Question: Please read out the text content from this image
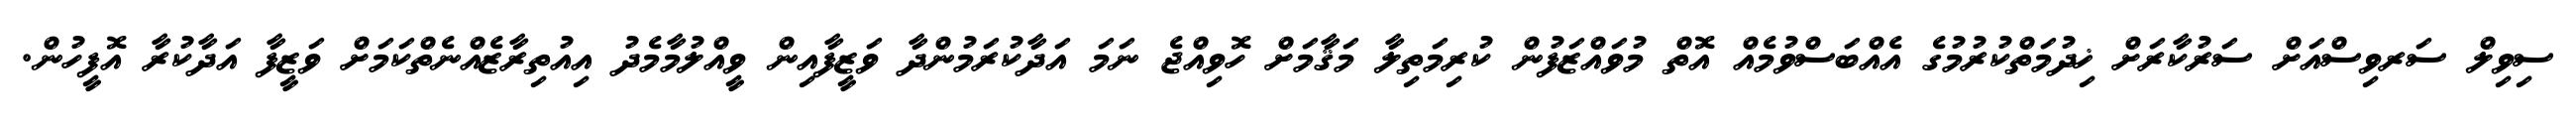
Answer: ސިވިލް ސަރވިސްއަށް ސަރުކާރަށް ޚިދުމަތްކުރުމުގެ އެއްބަސްވުމެއް އޮތް މުވައްޒަފުން ކުރިމަތިލާ މަޤާމަށް ހޮވިއްޖެ ނަމަ އަދާކުރަމުންދާ ވަޒީފާއިން ވީއްލުމާމެދު އިއުތިރާޒެއްނެތްކަމަށް ވަޒީފާ އަދާކުރާ އޮފީހުން.